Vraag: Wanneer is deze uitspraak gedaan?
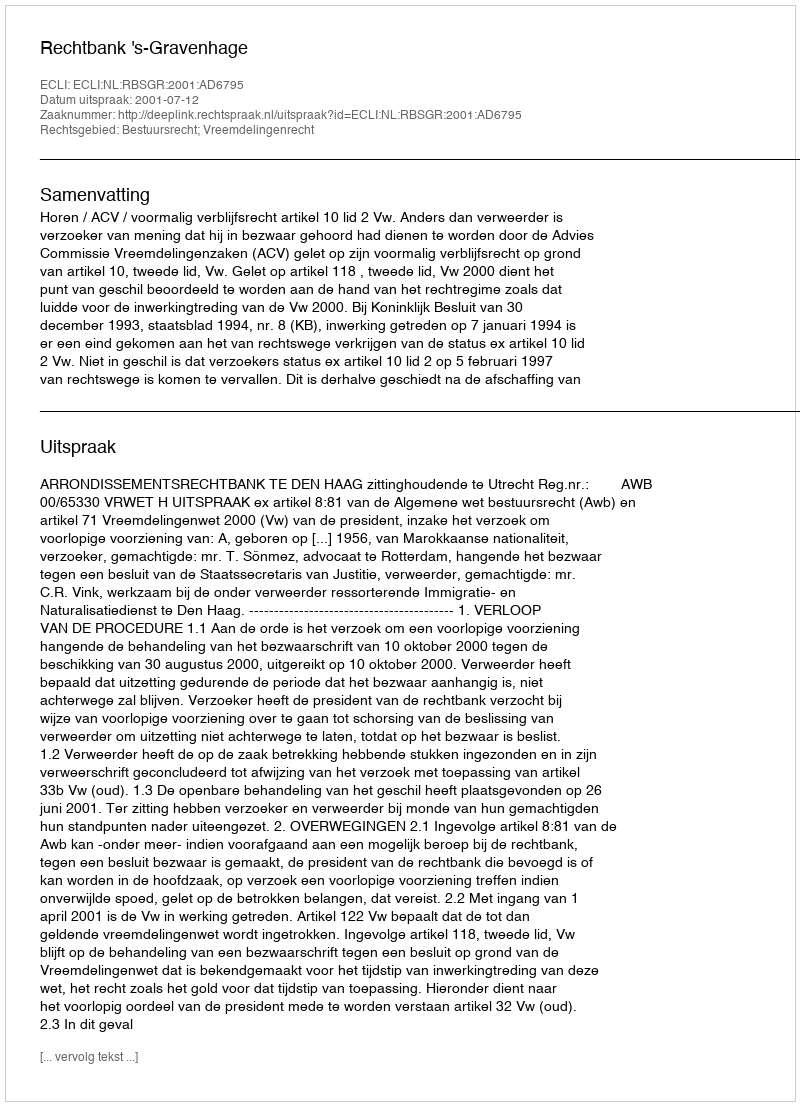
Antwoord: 2001-07-12